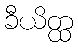
ခီယိတ္ထ